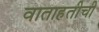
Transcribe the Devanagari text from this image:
वाताहतीची